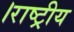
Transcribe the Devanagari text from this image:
।राष्ट्रीय